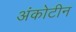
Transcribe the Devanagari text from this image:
अंकोटीन